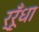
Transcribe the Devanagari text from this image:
र्रूँधा